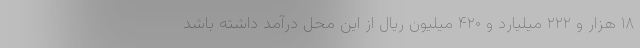
۱۸ هزار و ۲۲۲ میلیارد و ۴۲۰ میلیون ریال از این محل درآمد داشته باشد